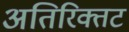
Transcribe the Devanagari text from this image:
अतिरिक्तट